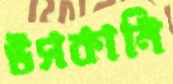
উসকানি